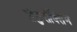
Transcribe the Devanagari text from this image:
सेफ़ुरॉक्सिम